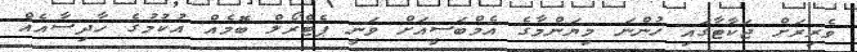
ވެރިރަށް ޖަކާޓާގައި ހުންނަ މިޔަންމާގެ އެމްބަސީއަށް ވަނީ ޕެޓްރޯލް ބޮމެއް އުކުމުގެ ހާދިސާއެއް